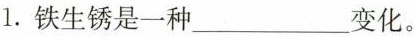
1.铁生锈是一种___变化。